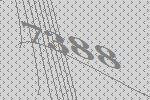
7388